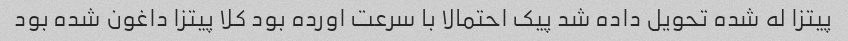
پیتزا له شده تحویل داده شد پیک احتمالا با سرعت اورده بود کلا پیتزا داغون شده بود